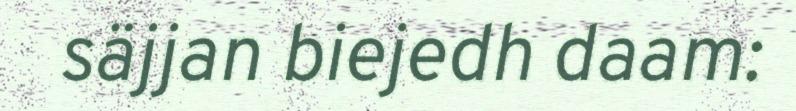
säjjan biejedh daam: